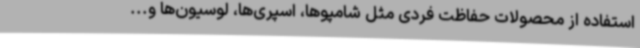
استفاده از محصولات حفاظت فردی مثل شامپوها، اسپری‌ها، لوسیون‌ها و...